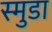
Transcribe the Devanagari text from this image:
स्मुडा